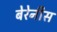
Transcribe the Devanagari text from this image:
बेरेनीस